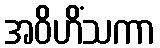
အဝိဟိံသကာ